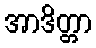
အာဒိတ္တာ